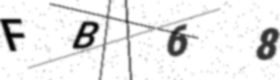
Text: FB68